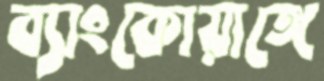
ব্যাংকোয়াঙ্গে